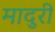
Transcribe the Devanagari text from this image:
मादुरी